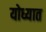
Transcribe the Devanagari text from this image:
योध्यात